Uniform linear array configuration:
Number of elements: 8
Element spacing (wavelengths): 0.25
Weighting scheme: binomial
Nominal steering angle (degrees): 0
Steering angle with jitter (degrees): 0.198
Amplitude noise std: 0.05
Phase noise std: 0.05

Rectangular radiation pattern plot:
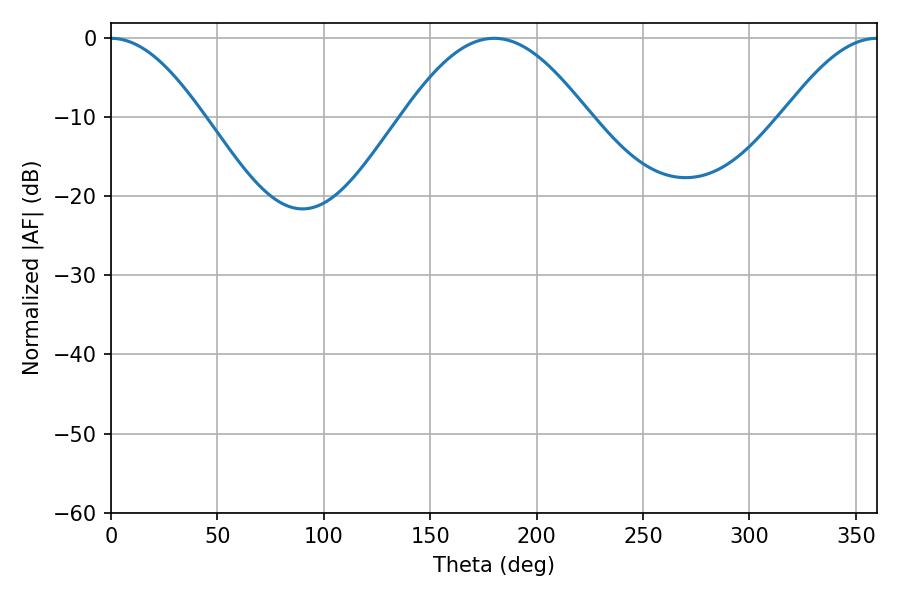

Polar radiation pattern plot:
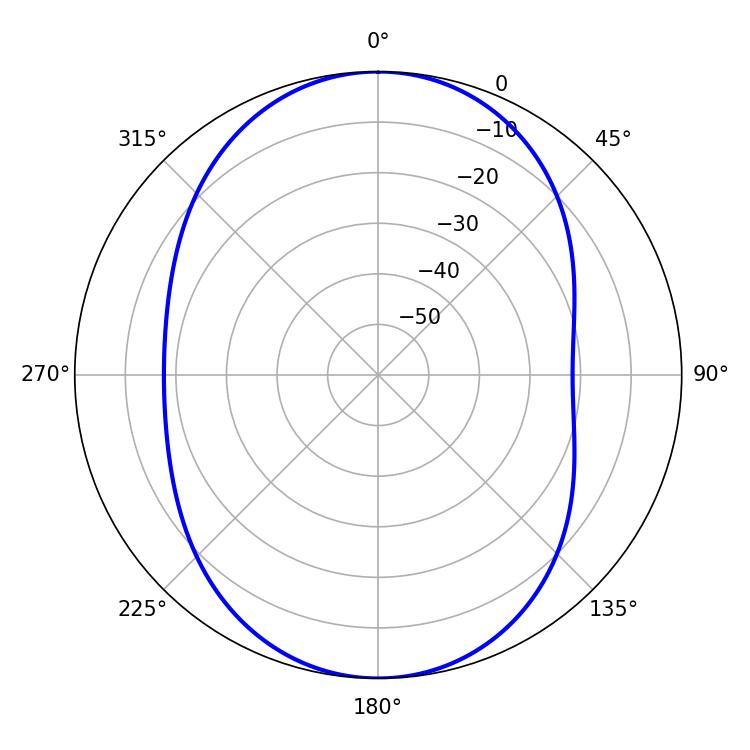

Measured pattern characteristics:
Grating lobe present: FALSE
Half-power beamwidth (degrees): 23.22
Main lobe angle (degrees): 0